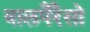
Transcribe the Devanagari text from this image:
वालपैरैसो